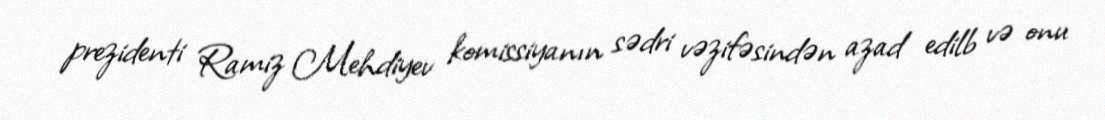
prezidenti Ramiz Mehdiyev komissiyanın sədri vəzifəsindən azad edilb və onu